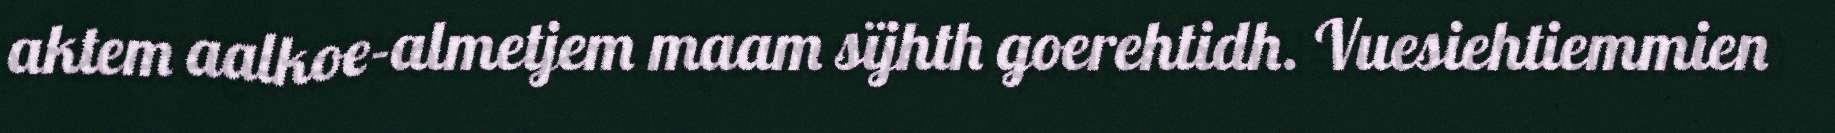
aktem aalkoe-almetjem maam sïjhth goerehtidh. Vuesiehtiemmien